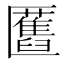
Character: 匶